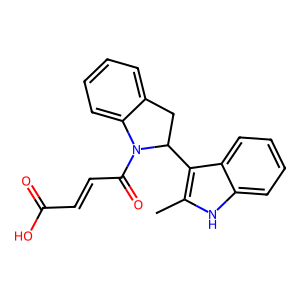
SMILES: Cc1[nH]c2ccccc2c1C1Cc2ccccc2N1C(=O)C=CC(=O)O
Inhibits HIV replication: No